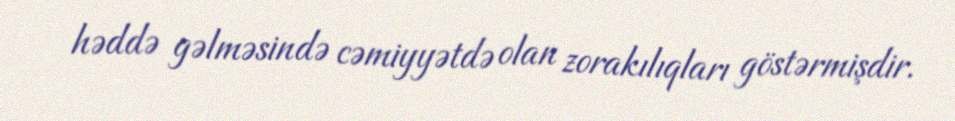
həddə gəlməsində cəmiyyətdə olan zorakılıqları göstərmişdir.